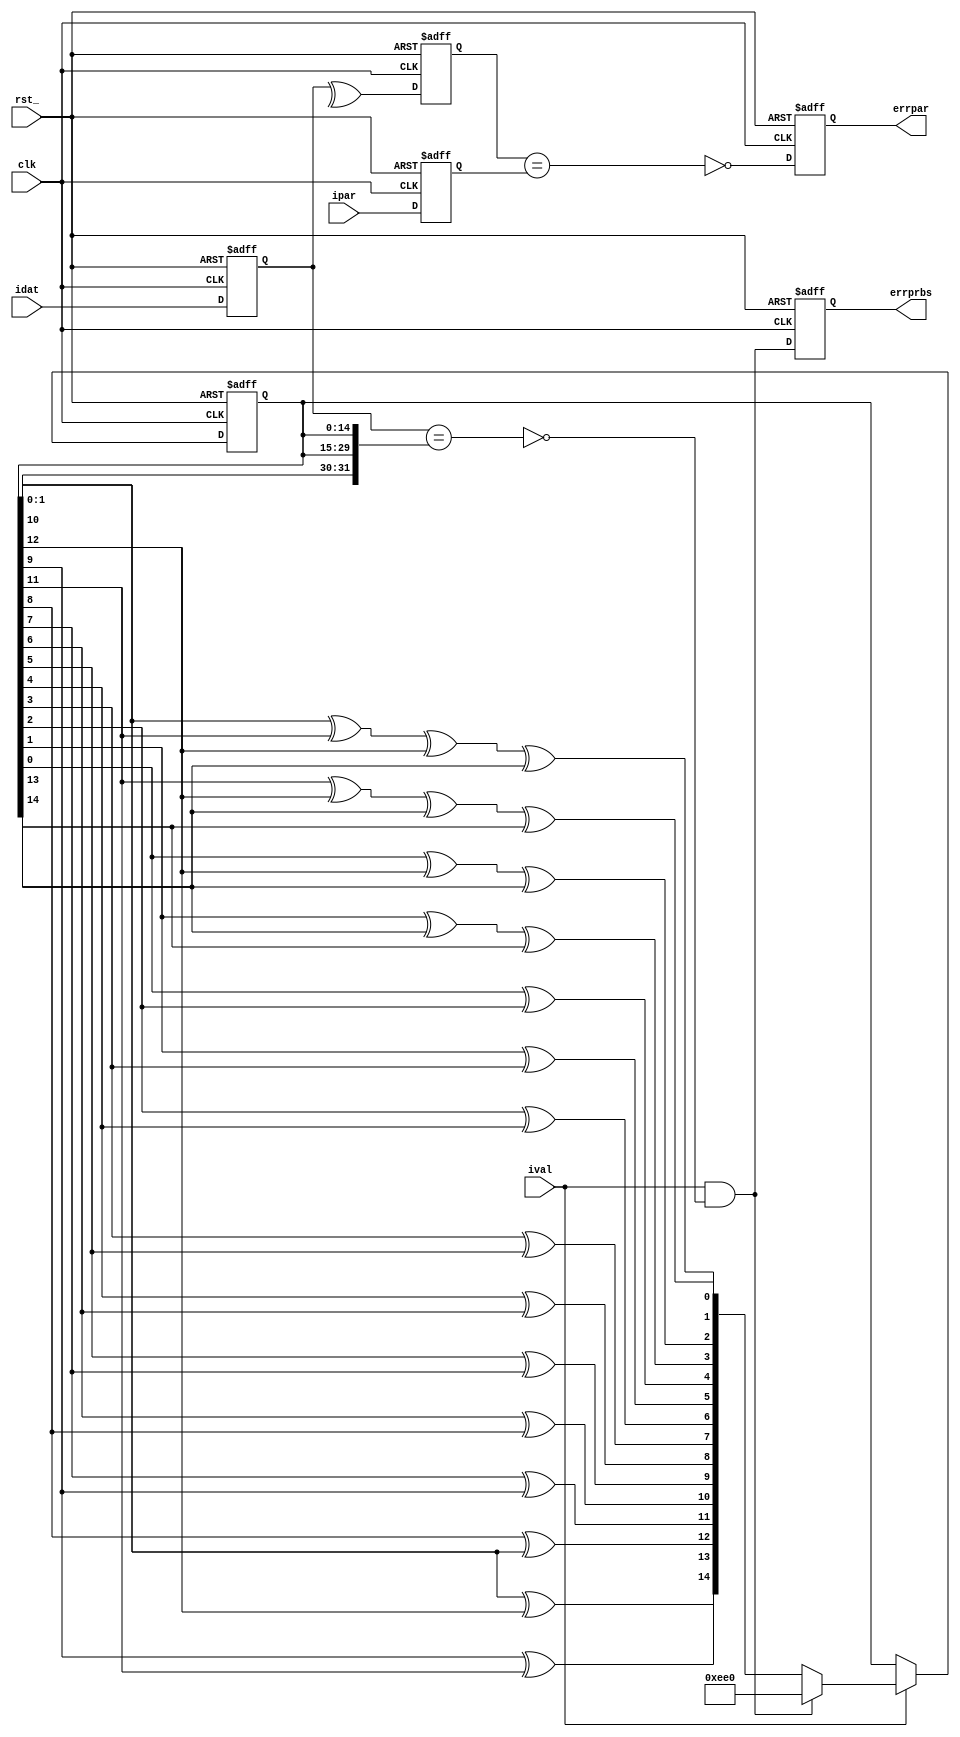
// Description  : .
////////////////////////////////////////////////////////////////////////////////

module mondata
    (
     clk,
     rst_,
     
     idat,
     ival,
     ipar,
     
     errprbs,   // error prbs
     errpar     // error parity
     );

////////////////////////////////////////////////////////////////////////////////
// parameter

parameter DATABIT  = 32;
parameter PRBS_INI = 15'h0EE0;

////////////////////////////////////////////////////////////////////////////////
// Port declarations

input     rst_;
input     clk;

input [DATABIT-1:0] idat;
input               ival;
input               ipar;

output              errprbs;
output              errpar;

////////////////////////////////////////////////////////////////////////////////
// Local logic and instantiation

reg [DATABIT-1:0]   idat1;
reg                 ipar1;
always @(posedge clk or negedge rst_)
    begin
    if(!rst_)
        begin
        idat1 <= {DATABIT{1'b0}};
        ipar1 <= 1'b0;
        end
    else
        begin
        idat1 <= idat;
        ipar1 <= ipar;
        end
    end
        
// check PRBS
reg [14:0]      prbsgen;
wire [14:0]     prbsin;
assign          prbsin  = {prbsgen[10] ^ prbsgen[12],
                           prbsgen[9] ^ prbsgen[11],
                           prbsgen[8] ^ prbsgen[10],
                           prbsgen[7] ^ prbsgen[9],
                           prbsgen[6] ^ prbsgen[8],
                           prbsgen[5] ^ prbsgen[7],
                           prbsgen[4] ^ prbsgen[6],
                           prbsgen[3] ^ prbsgen[5],
                           prbsgen[2] ^ prbsgen[4],
                           prbsgen[1] ^ prbsgen[3],
                           prbsgen[0] ^ prbsgen[2],
                           prbsgen[1] ^ prbsgen[13] ^ prbsgen[14],
                           prbsgen[0] ^ prbsgen[12] ^ prbsgen[13],
                           prbsgen[11] ^ prbsgen[12] ^ prbsgen[13] ^ prbsgen[14],
                           prbsgen[10] ^ prbsgen[11] ^ prbsgen[12] ^ prbsgen[13]};

wire [149:0]    predict;
assign          predict = {10{prbsgen}};

wire            errdata;
assign          errdata = ival & !(idat1 == predict[DATABIT-1:0]);

always @ ( posedge clk or negedge rst_ )
    if (!rst_)    prbsgen <= PRBS_INI;
    else if(ival) prbsgen <= errdata ? PRBS_INI : prbsin;

reg errprbs;
always @(posedge clk or negedge rst_)
    begin
    if(!rst_) errprbs <= 1'b0;
    else      errprbs <= errdata;
    end
        
// check parity
reg parcal;
always @(posedge clk or negedge rst_)
    begin
    if(!rst_) parcal <= 1'b0;
    else parcal <= ^(idat1);
    end

reg  errpar;
always @(posedge clk or negedge rst_)
    begin
    if(!rst_) errpar <= 1'b0;
    else      errpar <= !(parcal == ipar1);
    end

endmodule